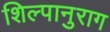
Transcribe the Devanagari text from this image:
शिल्पानुराग